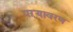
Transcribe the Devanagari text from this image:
पऱ्यावरण